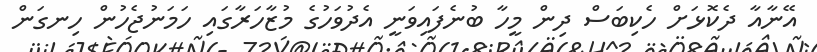
އޭނާއާ ދެކޮޅަށް ހެކިބަސް ދިން މީހާ ބުނެފައިވަނީ އެދުވަހުގެ މުޒާހަރާގައި ހަމަނުޖެހުން ހިނގަން